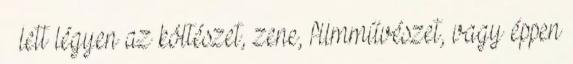
– lett légyen az költészet, zene, filmművészet, vagy éppen